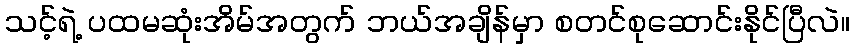
သင့်ရဲ့ ပထမဆုံးအိမ်အတွက် ဘယ်အချိန်မှာ စတင်စုဆောင်းနိုင်ပြီလဲ။